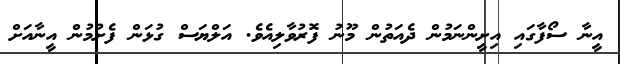
އީނާ ސޯފާގައި އިށީންނަމުން ދެއަތުން މޫނު ފޮރުވާލިއެވެ. އަލްޔަސް ގުޅަން ފެށުމުން އީނާއަށް